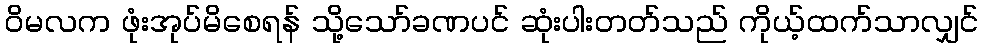
ဝိမလက ဖုံးအုပ်မိစေရန် သို့သော်ခဏပင် ဆုံးပါးတတ်သည် ကိုယ့်ထက်သာလျှင်